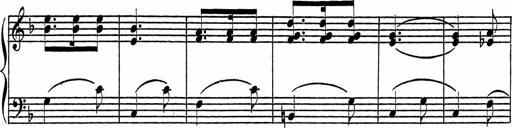
Title: Piano Sonatinas
Composer: Charles Fradel